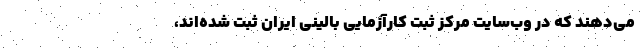
می‌دهند که در وب‌سایت مرکز ثبت کارآزمایی بالینی ایران ثبت شده‌اند،